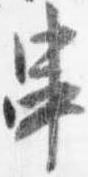
串